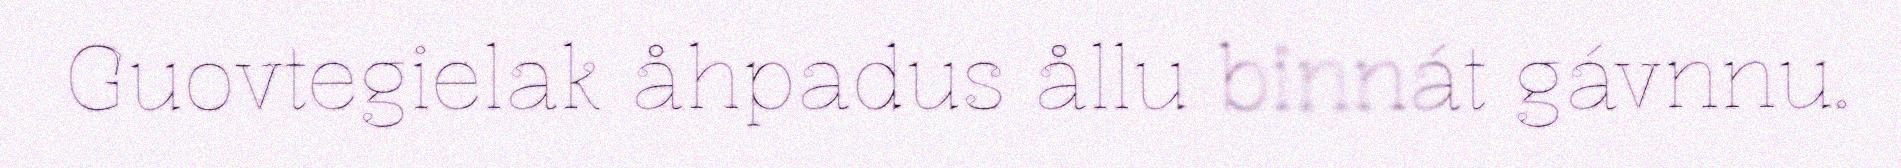
Guovtegielak åhpadus ållu binnát gávnnu.